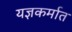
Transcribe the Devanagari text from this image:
यज्ञकर्मात